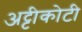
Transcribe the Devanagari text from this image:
अट्टीकोटी